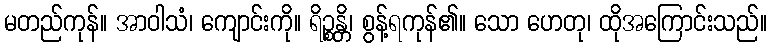
မတည်ကုန်။ အာဝါသံ၊ ကျောင်းကို။ ရိဉ္စန္တိ၊ စွန့်ရကုန်၏။ သော ဟေတု၊ ထိုအကြောင်းသည်။